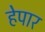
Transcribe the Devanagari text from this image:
हेपार